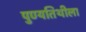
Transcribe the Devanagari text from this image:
पुण्यतिथीला